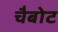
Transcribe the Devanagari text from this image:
चैबोट